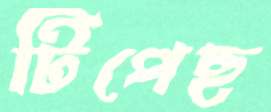
টিপেছ